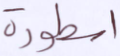
أسطورة